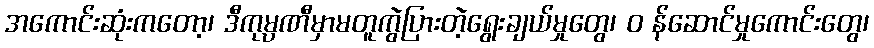
အကောင်းဆုံးကတော့၊ ဒီကုမ္ပဏီမှာမတူကွဲပြားတဲ့ရွေးချယ်မှုတွေ၊ ၀ န်ဆောင်မှုကောင်းတွေ၊